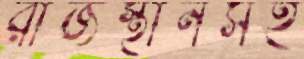
রাজস্থানসহ